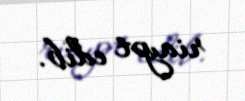
riayət edib.